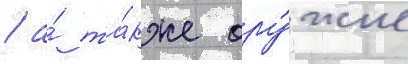
/ а́ та́кже ору́жие